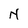
Character: N